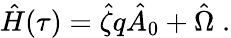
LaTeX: \hat{H}(\tau)=\hat{\zeta}q\hat{A}_{0}+\hat{\Omega}\; .